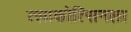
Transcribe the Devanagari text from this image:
त्लाकोत्सिनला